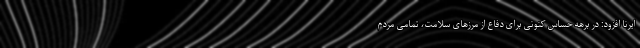
ایرنا افزود: در برهه حساس کنونی برای دفاع از مرزهای سلامت، تمامی مردم